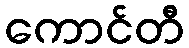
ကောင်တီ